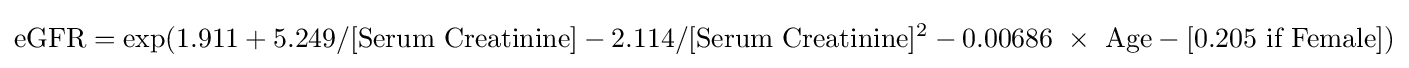
{\text{eGFR}}={\text{exp}}{(1.911+5.249/[{\text{Serum Creatinine}}]-2.114/[{\text{Serum Creatinine}}]^{2}-0.00686\ \times \ {\text{Age}}-{\text{[0.205 if Female]}})}